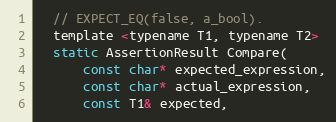
Language: C
  // EXPECT_EQ(false, a_bool).
  template <typename T1, typename T2>
  static AssertionResult Compare(
      const char* expected_expression,
      const char* actual_expression,
      const T1& expected,